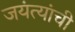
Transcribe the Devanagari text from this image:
जयंत्यांची